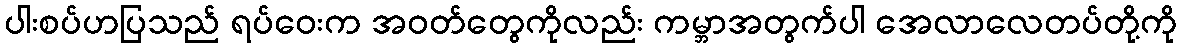
ပါးစပ်ဟပြသည် ရပ်ဝေးက အဝတ်တွေကိုလည်း ကမ္ဘာအတွက်ပါ အေလာလေတပ်တို့ကို